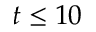
t \leq 1 0